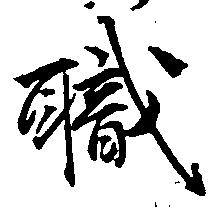
職